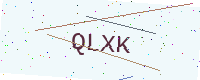
Text: QLXK